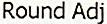
ROUND ADJ